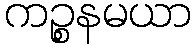
ကဉ္စနမယာ